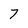
Character: 7